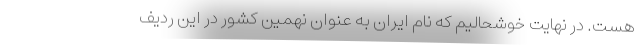
هست. در نهایت خوشحالیم که نام ایران به عنوان نهمین کشور در این ردیف